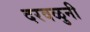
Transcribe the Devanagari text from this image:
दरवळुनी